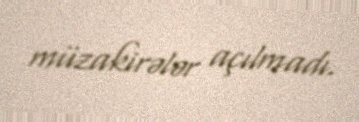
müzakirələr açılmadı.